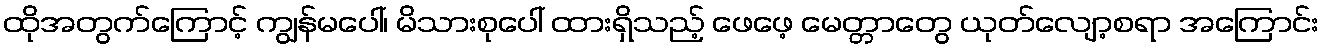
ထိုအတွက်ကြောင့် ကျွန်မပေါ်၊ မိသားစုပေါ် ထားရှိသည့် ဖေဖေ့ မေတ္တာတွေ ယုတ်လျော့စရာ အကြောင်း